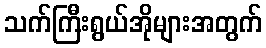
သက်ကြီးရွယ်အိုများအတွက်